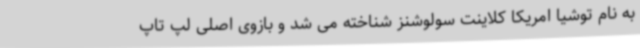
به نام توشیا امریکا کلاینت سولوشنز شناخته می شد و بازوی اصلی لپ تاپ